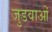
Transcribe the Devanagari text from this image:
जुडवाओं